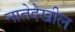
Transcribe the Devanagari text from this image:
नातेदेखील